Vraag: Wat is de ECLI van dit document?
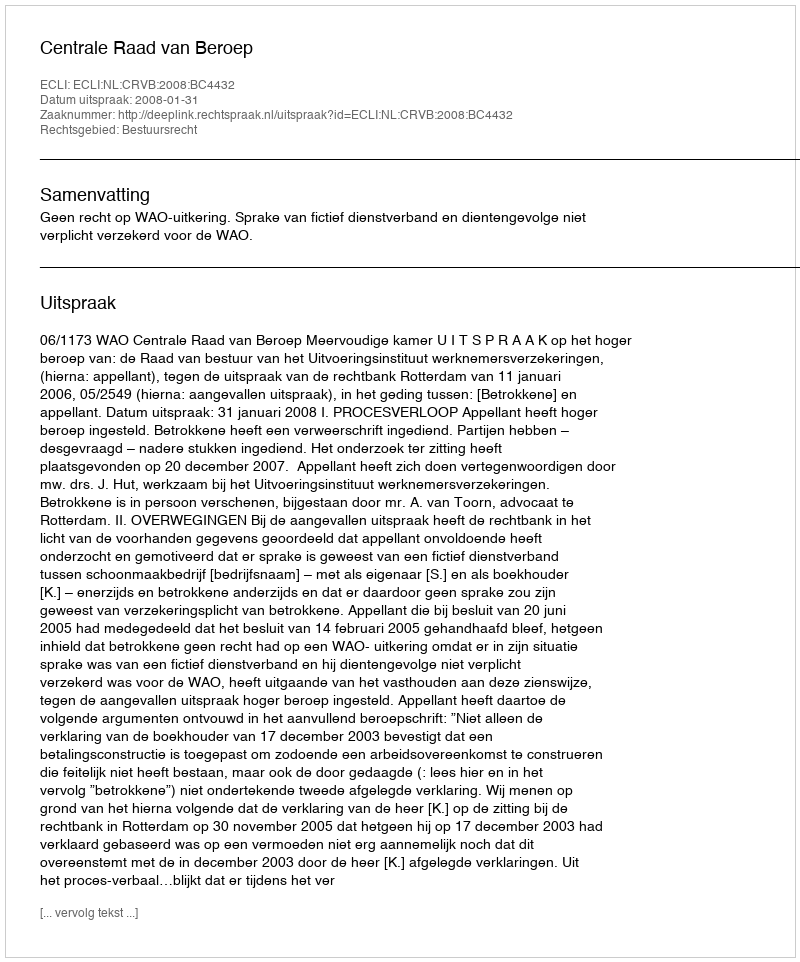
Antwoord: ECLI:NL:CRVB:2008:BC4432